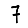
Digit: 7